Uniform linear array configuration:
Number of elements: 12
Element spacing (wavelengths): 0.75
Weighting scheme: kaiser
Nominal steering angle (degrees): -60
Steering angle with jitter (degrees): -61.411
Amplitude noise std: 0.05
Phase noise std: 0.05

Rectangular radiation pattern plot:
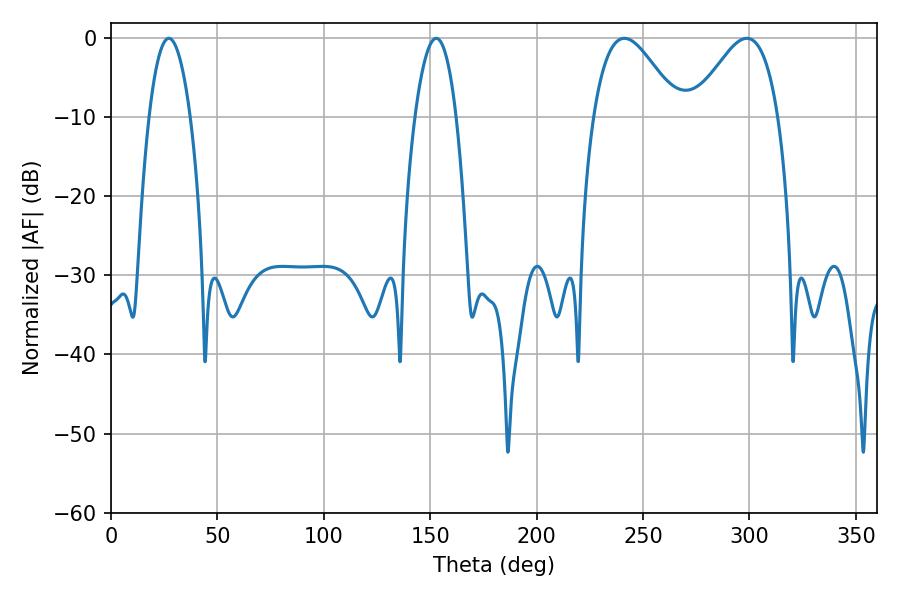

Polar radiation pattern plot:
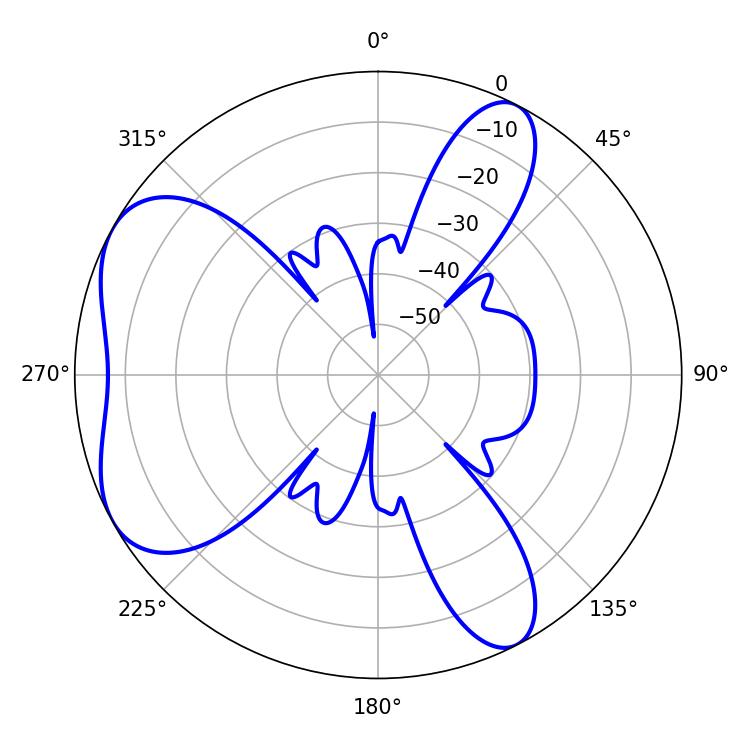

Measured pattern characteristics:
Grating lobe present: TRUE
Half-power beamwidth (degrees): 10.62
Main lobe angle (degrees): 27.18